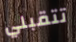
تتقبلي